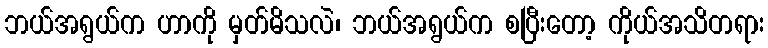
ဘယ်အရွယ်က ဟာကို မှတ်မိသလဲ၊ ဘယ်အရွယ်က စပြီးတော့ ကိုယ်အသိတရား